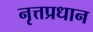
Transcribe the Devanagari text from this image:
नृत्तप्रधान